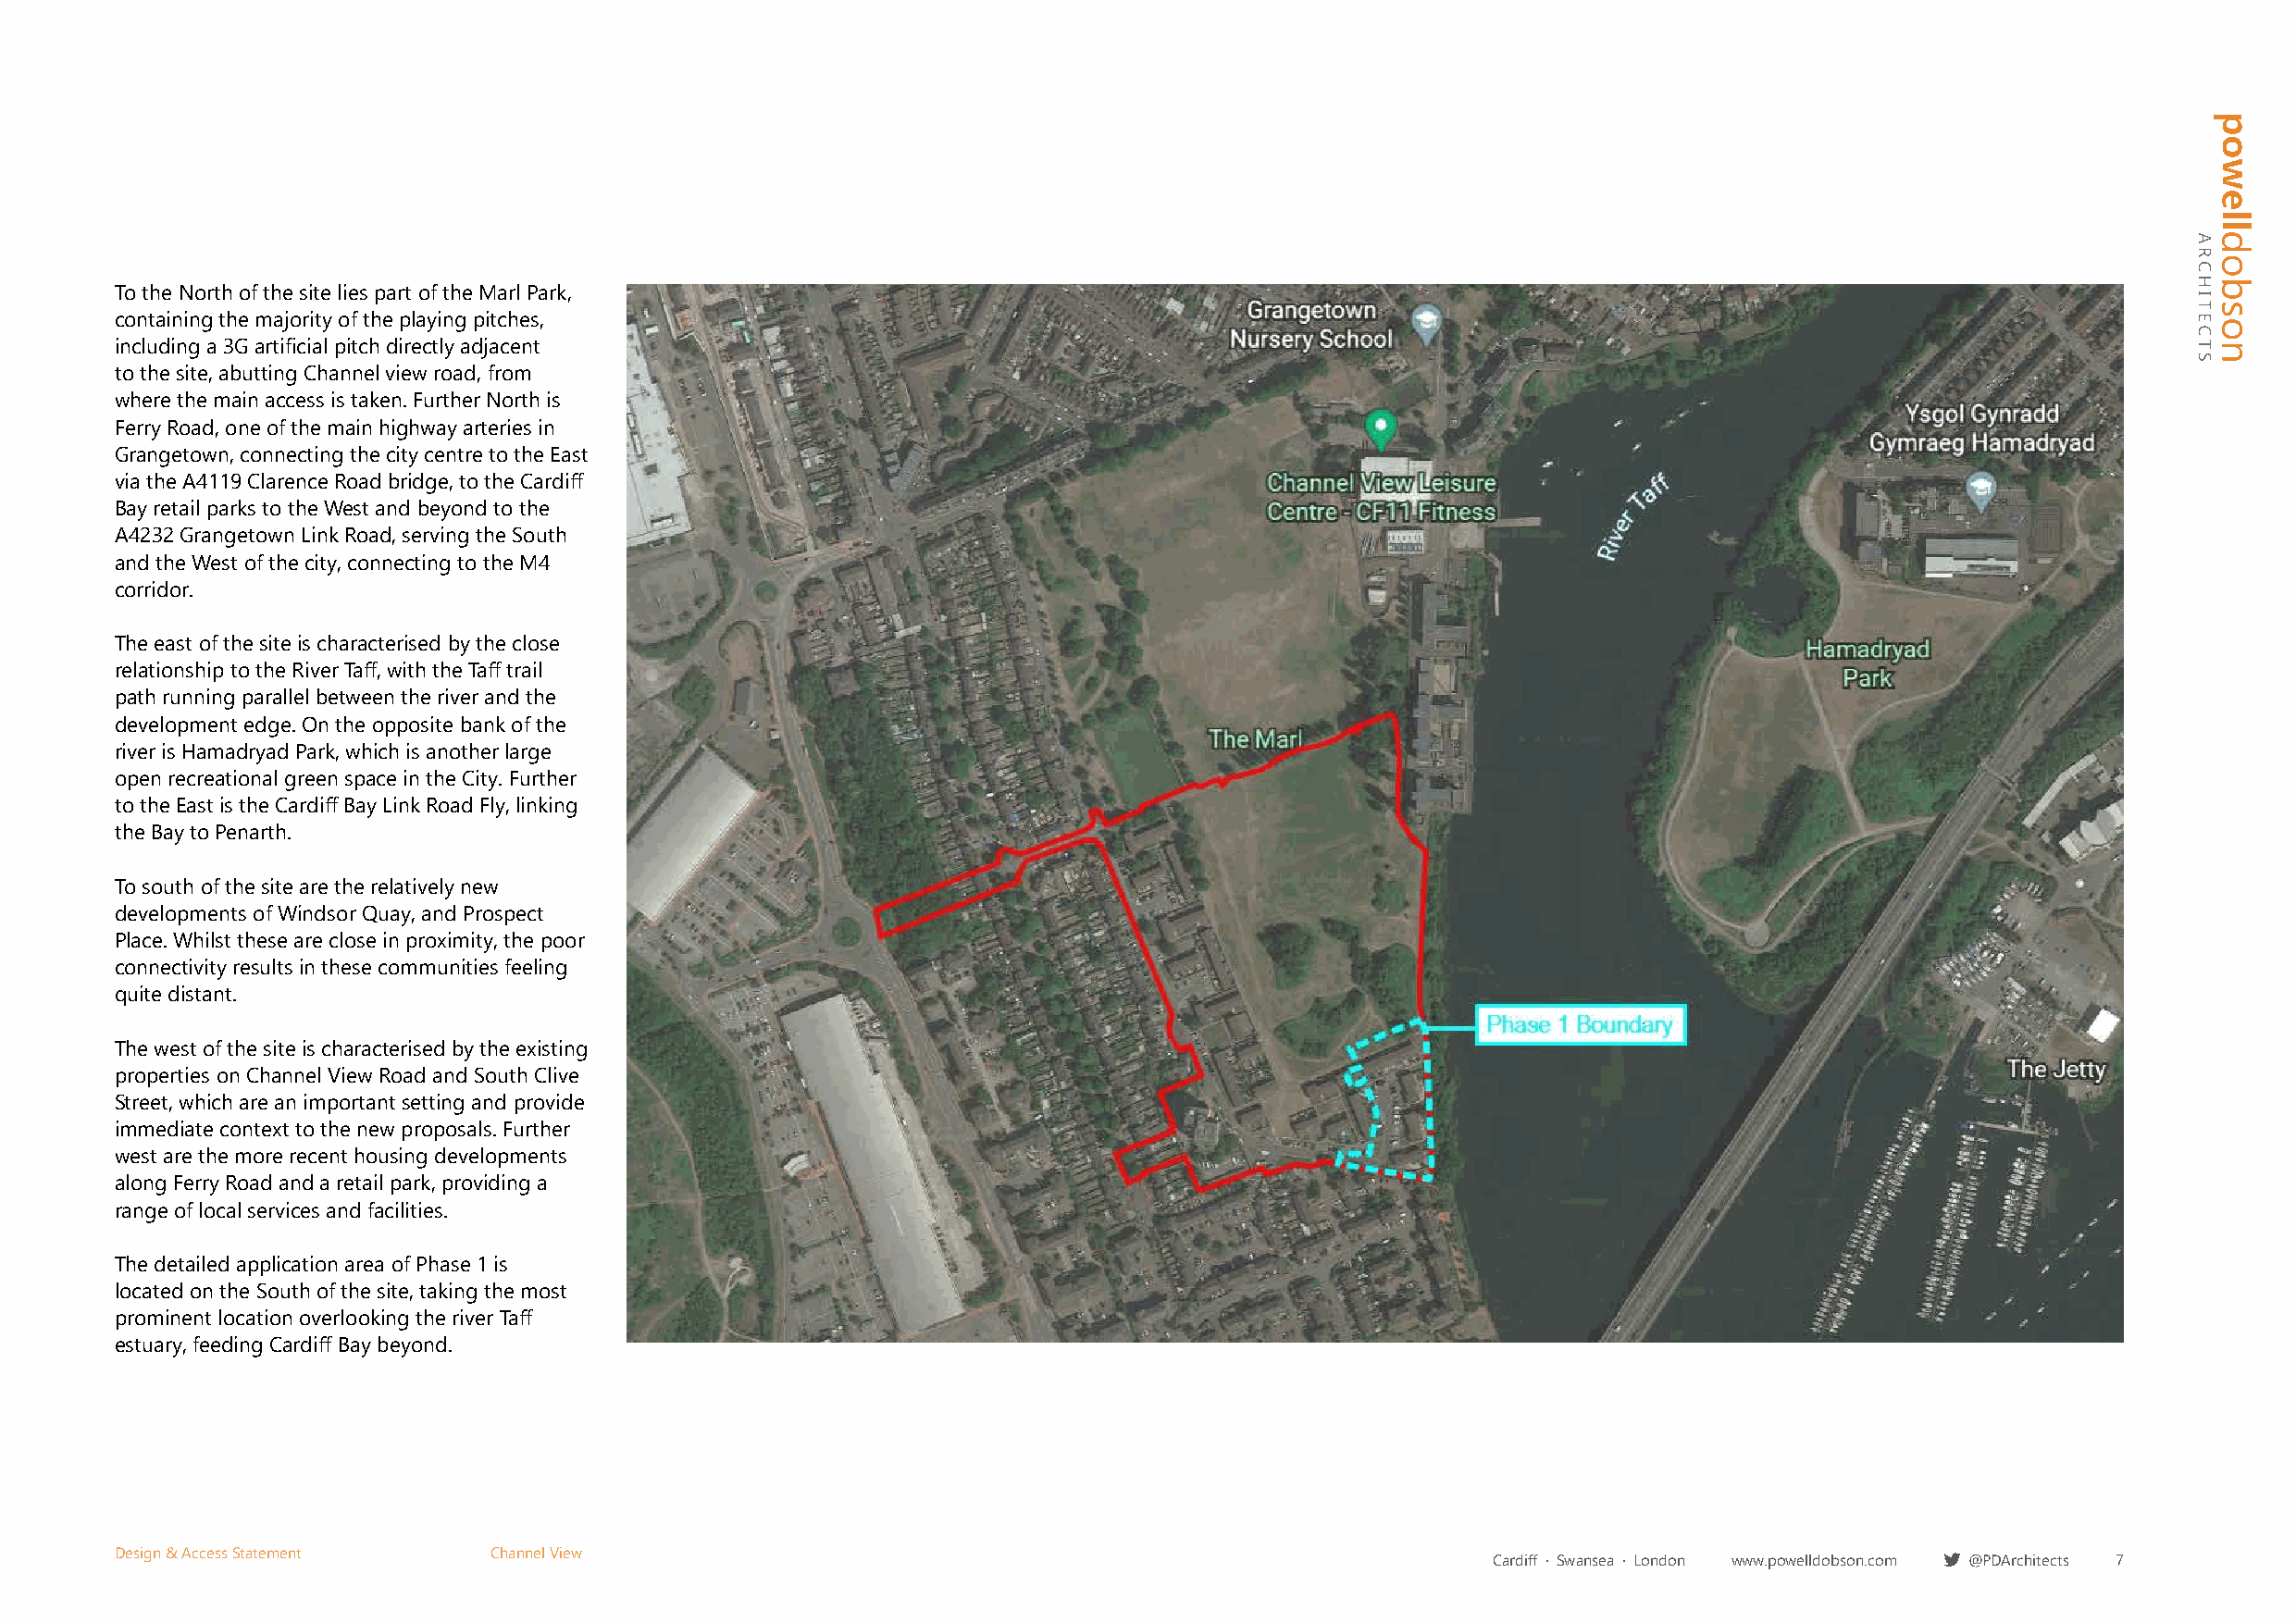
To the North of the site lies part of the Marl Park,
 containing the majority of the playing pitches,
 including a 3G artificial pitch directly adjacent
 to the site, abutting Channel view road, from
 where the main access is taken. Further North is
 Ferry Road, one of the main highway arteries in
 Grangetown, connecting the city centre to the East
 via the A4119 Clarence Road bridge, to the Cardiff
 Bay retail parks to the West and beyond to the
 A4232 Grangetown Link Road, serving the South
 and the West of the city, connecting to the M4
 corridor.
 The east of the site is characterised by the close
 relationship to the River Taff, with the Taff trail
 path running parallel between the river and the
 development edge. On the opposite bank of the
 river is Hamadryad Park, which is another large
 open recreational green space in the City. Further
 to the East is the Cardiff Bay Link Road Fly, linking
 the Bay to Penarth.
 To south of the site are the relatively new
 developments of Windsor Quay, and Prospect
 Place. Whilst these are close in proximity, the poor
 connectivity results in these communities feeling
 quite distant.
 The west of the site is characterised by the existing
 properties on Channel View Road and South Clive
 Street, which are an important setting and provide
 immediate context to the new proposals. Further
 west are the more recent housing developments
 along Ferry Road and a retail park, providing a
 range of local services and facilities.
 The detailed application area of Phase 1 is
 located on the South of the site, taking the most
 prominent location overlooking the river Taff
 estuary, feeding Cardiff Bay beyond.
 Design & Access Statement  Channel View
 Cardiff · Swansea · London www.powelldobson.com @PDArchitects 7